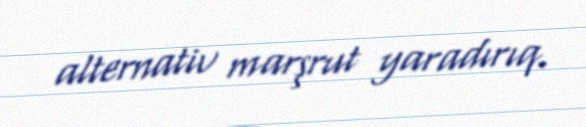
alternativ marşrut yaradırıq.